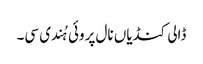
ڈالی کنڈیاں نال پروئی ہُندی سی۔